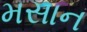
મસાન